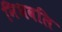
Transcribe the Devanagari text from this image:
निभवलि